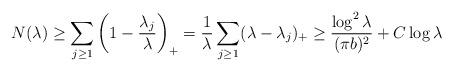
LaTeX: \begin{align*}N(\lambda)\ge\sum_{j\ge1}\left(1-\frac{\lambda_j}{\lambda}\right)_+=\frac{1}{\lambda}\sum_{j\ge1}(\lambda-\lambda_j)_+\ge\frac{\log^{2}\lambda}{(\pi b)^2}+C\log\lambda\end{align*}